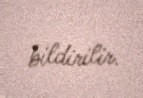
bildirilir.